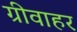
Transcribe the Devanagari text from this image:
ग्रीवाहर